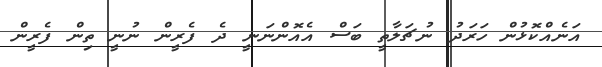
އަނެއްކޮޅުން ހަރަދު ނުޗަލާތީ ބަސް އެއޮންނަނީ ދެ ފެރީން ނުނީ ތިން ފެރީން